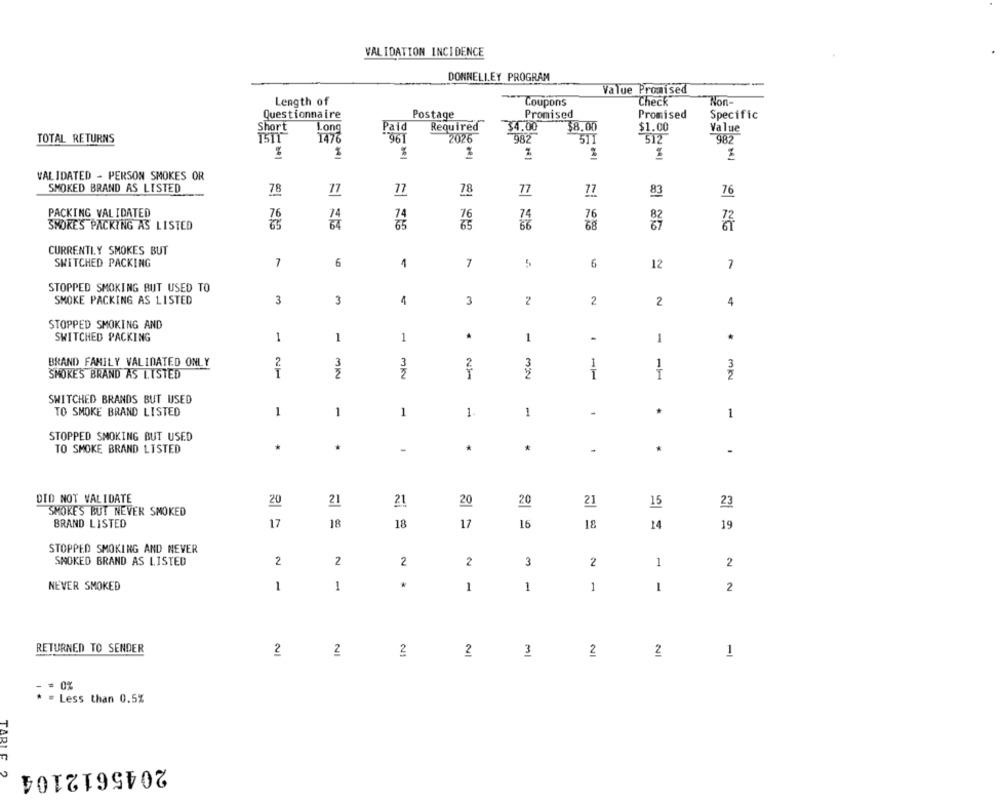
VALIDATION INCIDENCE
DONNELLEY PROGRAM
Value Promised
Length of
Coupons
Check
Non-
Questionnaire
Postage
Promised
Promised
Specific
Long
Paid
Required
34.00
38.00
$1.00
Value
Short
TOTAL RETURNS
1476
961
2026
982
511
512
982
%
VALIDATED - PERSON SMOKES OR
SMOKED BRAND AS LISTED
78
77
77
78
77
77
83
76
PACKING VALIDATED
76
74
74
76
SMOKE'S PACKING AS LISTED
65
NG
CURRENTLY SMOKES BUT
SWITCHED PACKING
7
6
4
7
5
6
12
7
STOPPED SMOKING BUT USED TO
SMOKE PACKING AS LISTED
3
3
4
3
2
2
2
4
STOPPED SMOKING AND
SWITCHED PACKING
1
1
1
1
*
-
1
N:w
BRAND FAMILY VALIDATED ONLY
1
SMOKES BRAND AS LISTED
2
SWITCHED BRANDS BUT USED
TO SMOKE BRAND LISTED
1
1
1
1.
1
1
1
STOPPED SMOKING BUT USED
TO SMOKE BRAND LISTED
*
*
1
DID NOT VALIDATE
20
21
21
20
20
21
15
23
SMOKE'S BUT NEVER SMOKED
BRAND LISTED
17
18
18
17
18
14
19
STOPPED SMOKING AND NEVER
SMOKED BRAND AS LISTED
2
2
2
2
3
2
1
2
NEVER SMOKED
1
1
&
1
1
1
1
2
RETURNED TO SENDER
2
2
2
2
3
2
2
1
* = Less than 0.5%
TARIC
2045612104